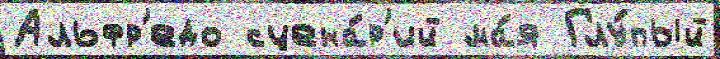
Альфр'едо сцена́р'ий ма́я Глу́пый